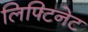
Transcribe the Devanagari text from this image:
लिफ्टिनेट